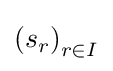
\left(s_{r}\right)_{r\in I}